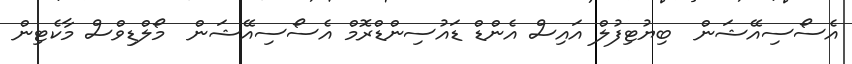
އެސޯސިއޭޝަން  ބިޔުޓިފުލް އައިސް އެންޑް ޑައުސިންޑްރޮމް އެސޯސިއޭޝަން  މޯލްޑިވްސް މާކެޓިން